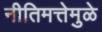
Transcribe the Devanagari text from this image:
नीतिमत्तेमुळे